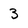
Character: 3